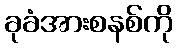
ခုခံအားစနစ်ကို